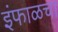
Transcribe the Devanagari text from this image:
इंफाळचा